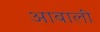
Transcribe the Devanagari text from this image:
आबाली